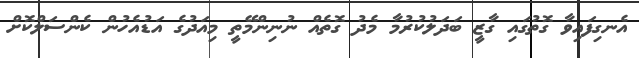
އެނގިފައިވާ ގޮތުގައި ގާޒީ ބަދަލުކުރުމާ މެދު ގޮތެއް ނުނިންމޭތީ މިއަދުގެ އަޑުއެހުން ކެންސަލްކޮށް